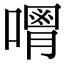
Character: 𠿥